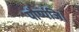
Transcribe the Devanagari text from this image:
पौष्पंजि।